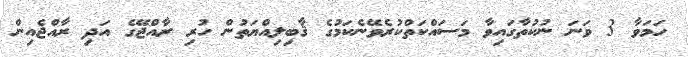
ހަމަވާ 3 ވަނަ ނުކުތާގައިވާ މަސައްކަތްކުރެވޭނެކަމުގެ ޤާބިލިއްޔަތުން ހުރި ރާއްޖޭގެ އަދި ރާއްޖެއިން